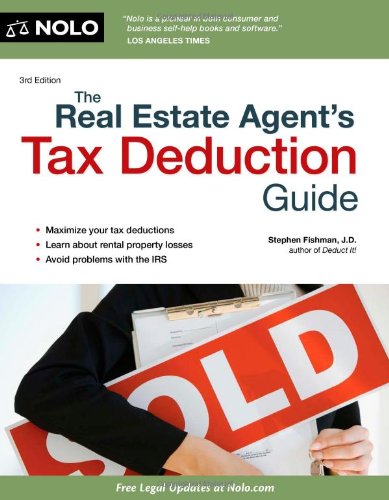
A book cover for The Real Estate Agent's Tax Deduction Guide; Stephen Fishman; Business & Money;